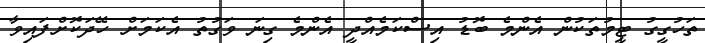
ތަހުގީގު ޓީމުތަކުން އެންމެ ބޮޑު އިސްކަމެއްދީ އެންމެ ގިނަ ވަގުތު އެކަމަށް ހޭދަކޮށްފައިވާ